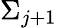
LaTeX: \Sigma_{j+1}